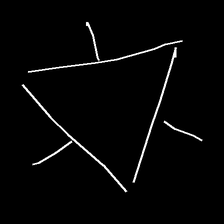
Glyph: fire